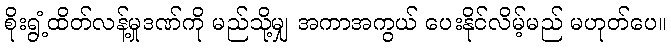
စိုးရွံ့ထိတ်လန့်မှုဒဏ်ကို မည်သို့မျှ အကာအကွယ် ပေးနိုင်လိမ့်မည် မဟုတ်ပေ။